Senior Leaving Certificate Examination (including Day School Certificate (Higher) General paper), 1949
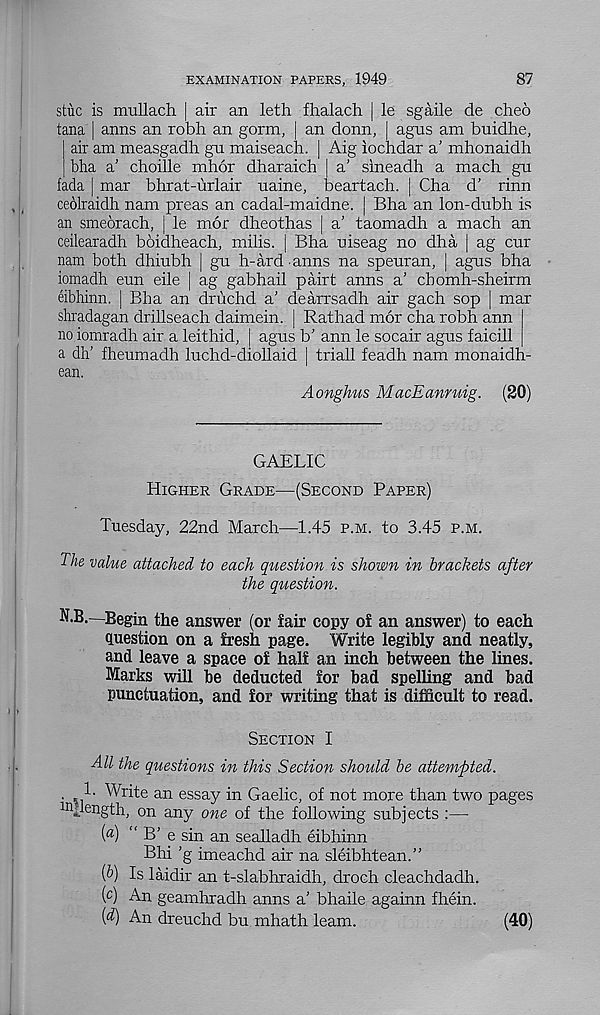
EXAMINATION PAPERS, 1949
87
stuc is mullach | air an leth fhalach. | le sgaile de cheo
tana | anns an robh an gorm, | an donn, | agus am buidhe,
air am measgadh gu maiseach. j Aig iochdar a' mhonaidh
bha a' choille mhor dharaich | a’ sineadh a mach gu
fada | mar bhrat-urlair name, beartach. | Cha d' rinn
ceolraidh nam preas an cadal-maidne. j Bha an lon-dubh is
an smeorach, j le mor dheothas | a' taomadh a mach an
ceilearadh boidheach, milis. | Bha uiseag no dha | ag cur
nam both dhiubh | gu h-ard anns na speuran, | agus bha
iomadh eun eile | ag gabhail pairt anns a' cbomh-sheirm
eibhinn. j Bha an drudid a’ dearrsadh air gach sop j mar
shradagan drillseach daimein. j Rathad mor cha robh ann
no iomradh air a leithid, | agus b’ ann le socair agus faicill
a dh' fheumadh luchd-diollaid | triall feadh nam monaidh-
ean.
Aonghus MacEanruig. (20)
GAELIC
Higher Grade—(Second Paper)
Tuesday, 22nd March—1.45 p.m. to 3.45 p.m.
The value attached to each question is shown in brackets after
the question.
N.B.—Begin the answer (or iair copy of an answer) to each
question on a fresh page. Write legibly and neatly,
and leave a space of half an inch between the lines.
Marks will be deducted for bad spelling and bad
punctuation, and for writing that is difficult to read.
Section I
All the questions in this Section should be attempted.
. 1. Write an essay in Gaelic, of not more than two pages
mdength, on any one of the following subjects :—
(«) “ B' e sin an sealladh eibhinn
Bhi ’g imeachd air na sleibhtean.”
(b) Is laidir an t-slabhraidh, droch cleachdadh.
(c) An geamhradh anns a’ bhaile againn fhein.
(d) An dreuchd bu mhath learn.
(40)